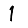
Digit: 1